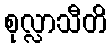
စုလ္လာသီတိ